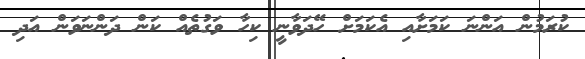
ކުރަމުން އަންނަ ކަމަށާއި އެކަމަށް ހޭދަވާނީ ކިހާ ވަގުތެއް ކަން ދަންނަވަން އަދި